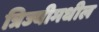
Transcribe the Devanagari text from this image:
त्रिज्यीमधील